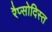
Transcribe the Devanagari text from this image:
रैप्सोदिस्त